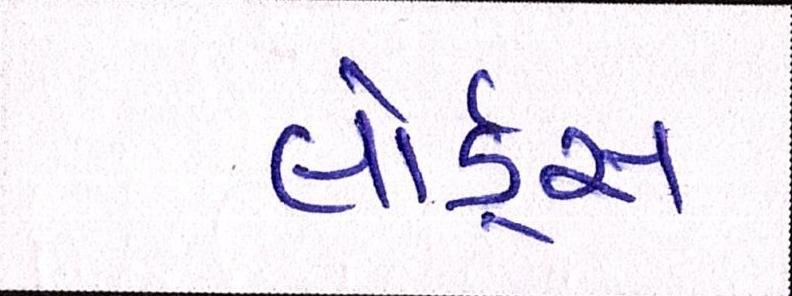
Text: લોર્ડ્સ